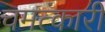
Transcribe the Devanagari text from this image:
चमत्‍कारी